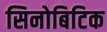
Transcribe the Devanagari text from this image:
सिनोबिटिक